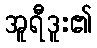
အူရီဒူး၏